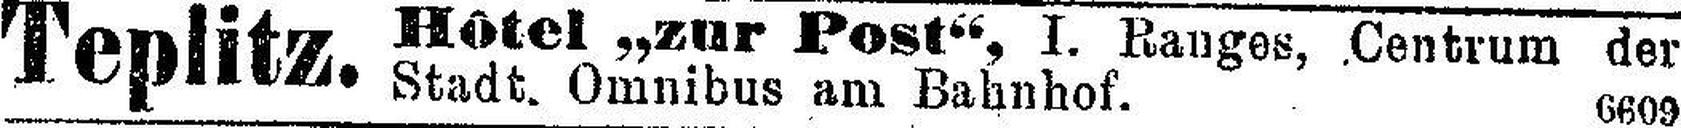
Teplitz.